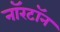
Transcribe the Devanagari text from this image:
नॉरटॉन